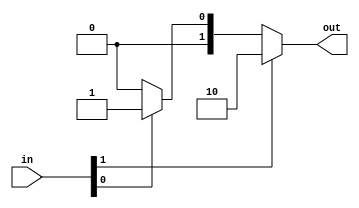
module arbiter_4 (
    input [1:0] in,
    output reg [1:0] out
  );
  
  localparam WIDTH = 2'h2;
  
  
  integer i;
  
  always @* begin
    out = 1'h0;
    for (i = 1'h0; i < 2'h2; i = i + 1) begin
      if (in[(i)*1+0-:1]) begin
        out = 1'h1 << i;
      end
    end
  end
endmodule